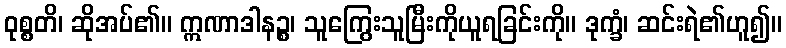
ဝုစ္စတိ၊ ဆိုအပ်၏။ ဣဏာဒါနဉ္စ၊ သူကြွေးသူမြီးကိုယူရခြင်းကို။ ဒုက္ခံ၊ ဆင်းရဲ၏ဟူ၍။